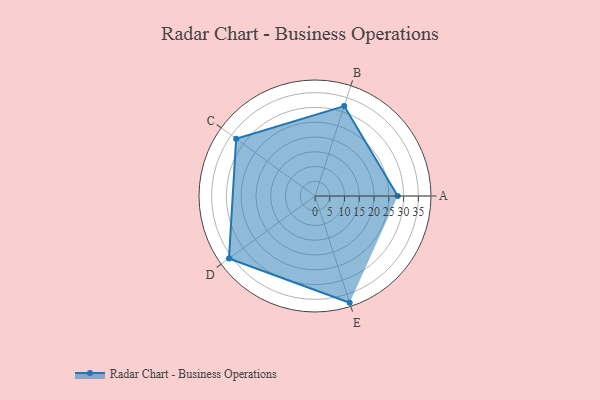
{"axis": {"x": "Skill", "y": "Score"}, "legend": ["Profile"], "data": [{"x": "A", "y": 28.0, "type": "Profile"}, {"x": "B", "y": 32.0, "type": "Profile"}, {"x": "C", "y": 33.0, "type": "Profile"}, {"x": "D", "y": 36.0, "type": "Profile"}, {"x": "E", "y": 38.0, "type": "Profile"}]}